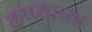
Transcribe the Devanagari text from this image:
कप्प्याच्या